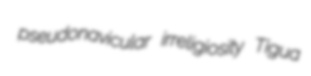
pseudonavicular irreligiosity Tigua